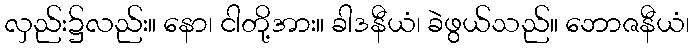
လှည်း၌လည်း။ နော၊ ငါတို့အား။ ခါဒနီယံ၊ ခဲဖွယ်သည်။ ဘောဇနီယံ၊